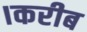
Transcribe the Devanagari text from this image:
।करीब